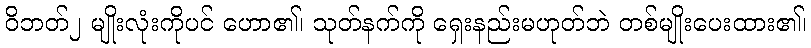
ဝိဘတ်၂ မျိုးလုံးကိုပင် ဟော၏၊ သုတ်နက်ကို ရှေးနည်းမဟုတ်ဘဲ တစ်မျိုးပေးထား၏၊